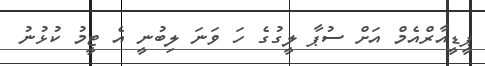
ޕީީޑީއާރްއެމް އަށް ސުޕާ ލީގުގެ ހަ ވަނަ ލިބުނީ އެ ޓީމު ކުޅުނު